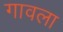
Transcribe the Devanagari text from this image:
गावला